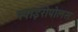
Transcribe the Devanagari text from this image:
स्पाइरोपोलस